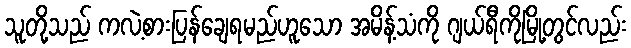
သူတို့သည် ကလဲ့စားပြန်ချေရမည်ဟူသော အမိန့်သံကို ဂျယ်ရီကိုမြို့တွင်လည်း